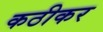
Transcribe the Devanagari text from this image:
कठीकर